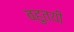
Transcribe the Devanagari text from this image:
बहुतयी